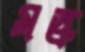
মস্ক